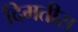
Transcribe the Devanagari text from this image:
दिमतीस